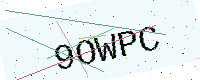
Text: 9OWPC